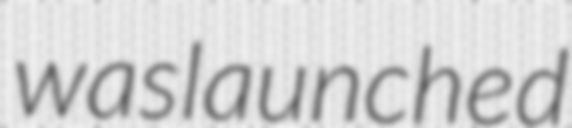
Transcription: was launched